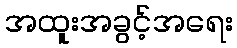
အထူးအခွင့်အရေး